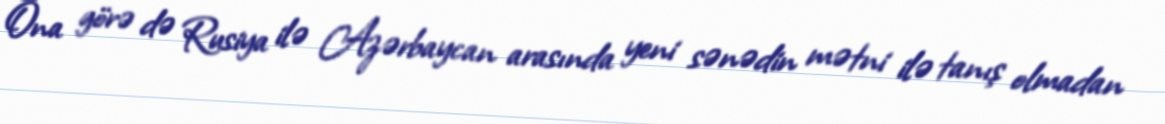
Ona görə də Rusiya ilə Azərbaycan arasında yeni sənədin mətni ilə tanış olmadan